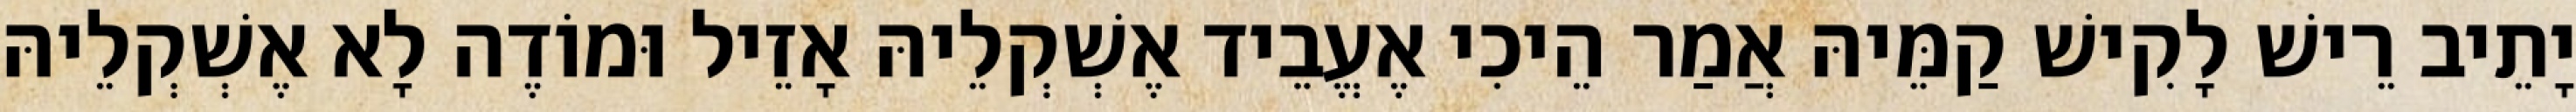
יָתֵיב רֵישׁ לָקִישׁ קַמֵּיהּ אֲמַר הֵיכִי אֶעֱבֵיד אֶשְׁקְלֵיהּ אָזֵיל וּמוֹדֶה לָא אֶשְׁקְלֵיהּ